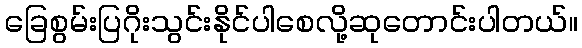
ခြေစွမ်းပြဂိုးသွင်းနိုင်ပါစေလို့ဆုတောင်းပါတယ်။